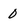
Character: 0